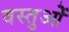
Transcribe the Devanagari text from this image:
वस्तुओें